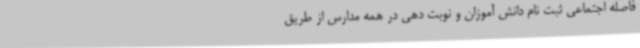
فاصله اجتماعی ثبت نام دانش آموزان و نوبت دهی در همه مدارس از طریق